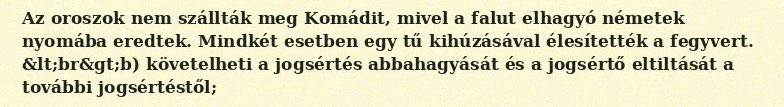
Az oroszok nem szállták meg Komádit, mivel a falut elhagyó németek nyomába eredtek. Mindkét esetben egy tű kihúzásával élesítették a fegyvert. &lt;br&gt;b) követelheti a jogsértés abbahagyását és a jogsértő eltiltását a további jogsértéstől;